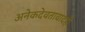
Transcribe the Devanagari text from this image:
अनेकदेवतावादही